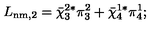
L _ { \mathrm { n m , 2 } } = { \bar { \chi } } _ { 3 } ^ { 2 * } \pi _ { 3 } ^ { 2 } + { \bar { \chi } } _ { 4 } ^ { 1 * } \pi _ { 4 } ^ { 1 } ;